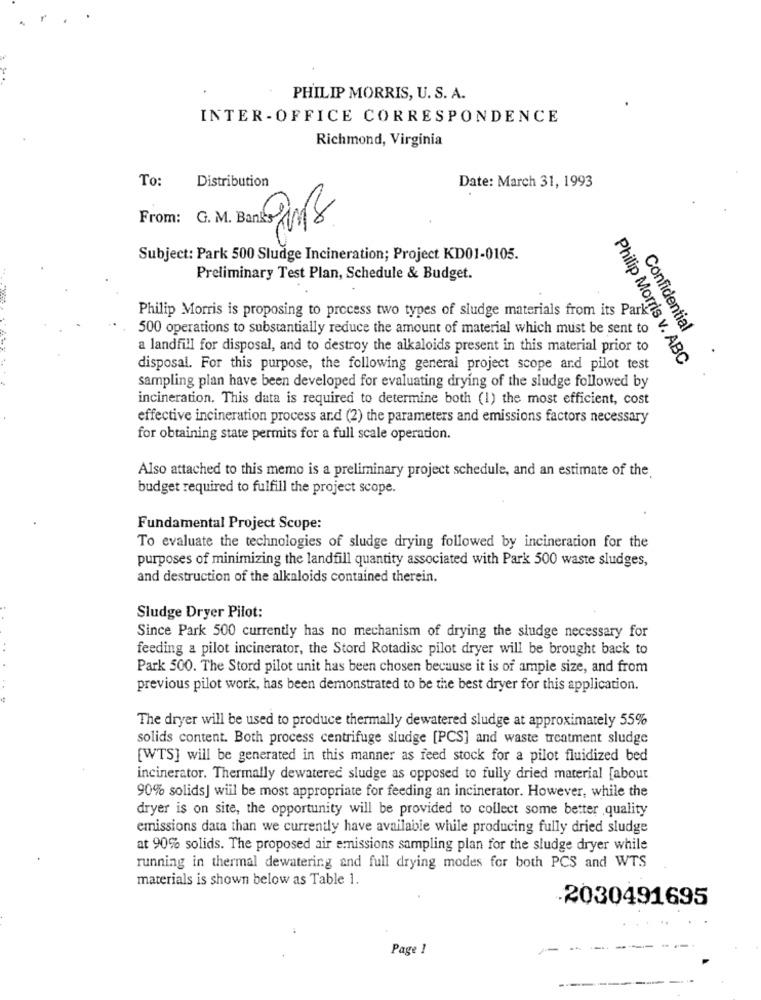
PHILIP MORRIS, U. S. A.
INTER -OFFICE CORRESPONDENCE
Richmond, Virginia
To:
Distribution
Date: March 31, 1993
From: G. M. Banks
PMB
Subject: Park 500 Sludge Incineration; Project KD01-0105.
ilip
Preliminary Test Plan, Schedule & Budget.
Philip Morris is proposing to process two types of sludge materials from its Park
500 operations to substantially reduce the amount of material which must be sent to
Confidential
a landfill for disposal, and to destroy the alkaloids present in this material prior to
ABC
disposal. For this purpose, the following general project scope and pilot test
Philip Morris v. ABC
sampling plan have been developed for evaluating drying of the sludge followed by
incineration. This data is required to determine both (1) the most efficient, cost
effective incineration process and (2) the parameters and emissions factors necessary
for obtaining state permits for a full scale operation.
Also attached to this memo is a preliminary project schedule, and an estimate of the
budget required to fulfill the project scope.
Fundamental Project Scope:
To evaluate the technologies of sludge drying followed by incineration for the
purposes of minimizing the landfill quantity associated with Park 500 waste sludges,
and destruction of the alkaloids contained therein.
Sludge Dryer Pilot:
Since Park 500 currently has no mechanism of drying the sludge necessary for
. .
feeding a pilot incinerator, the Stord Rotadisc pilot dryer will be brought back to
Park 500. The Stord pilot unit has been chosen because it is of ample size, and from
previous pilot work, has been demonstrated to be the best dryer for this application.
The dryer will be used to produce thermally dewatered sludge at approximately 55%
solids content. Both process centrifuge sludge [PCS] and waste treatment sludge
[WTS] will be generated in this manner as feed stock for a pilot fluidized bed
incinerator. Thermally dewatered sludge as opposed to fully dried material [about
90% solids] will be most appropriate for feeding an incinerator. However, while the
dryer is on site, the opportunity will be provided to collect some better quality
emissions data than we currently have available while producing fully dried sludge
at 90% solids. The proposed air emissions sampling plan for the sludge dryer while
running in thermal dewatering and full drying modes for both PCS and WTS
materials is shown below as Table 1.
.2030491695
Page 1